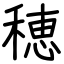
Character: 穂